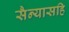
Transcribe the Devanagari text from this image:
सैन्यासहि